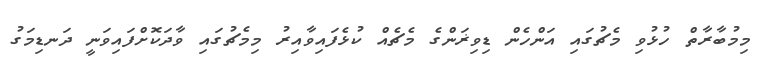
މިމުބާރާތް ހުޅުވި މެޗުގައި އަންހެން ޑިވިޜަންގެ މެޗެއް ކުޅެފައިވާއިރު މިމެޗުގައި ވާދަކޮށްފައިވަނީ ދަނޑިމަގު